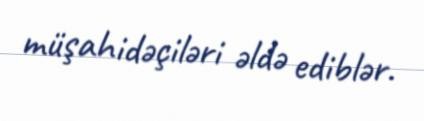
müşahidəçiləri əldə ediblər.